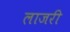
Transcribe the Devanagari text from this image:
लाजरी